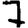
Digit: 7